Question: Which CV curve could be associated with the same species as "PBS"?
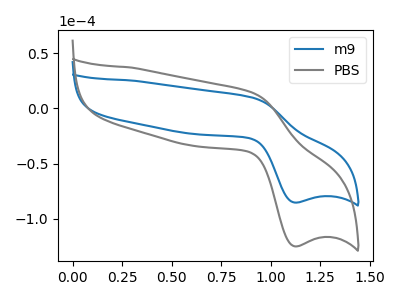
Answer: <think>The blue curve "m9" has an anodic peak at (0.90V, 9.50uA) and a cathodic peak at (1.10V, -85.30uA). The gray curve "PBS" has an anodic peak at (0.90V, 13.95uA) and a cathodic peak at (1.10V, -124.95uA).
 All the peaks in "m9" have a peak in "PBS" at the same potential. Every peak in "m9" is lower than every peak in "PBS".</think>
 <answer>The CV with the most similar shape to "m9" is "PBS".</answer>
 <eval>"PBS"</eval>